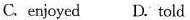
C.enjoyed D.told